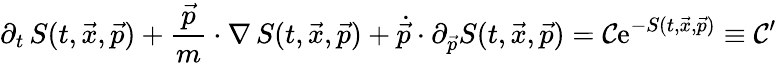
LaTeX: \partial_{t}\, S(t,\vec{x},\vec{p})+\frac{\vec{p}}{m}\cdot\nabla\, S(t,\vec{x},\vec{p})+\dot{\vec{p}}\cdot\partial_{\vec{p}}S(t,\vec{x},\vec{p})=\mathcal{C}\mathrm{e}^{-S(t,\vec{x},\vec{p})}\equiv\mathcal{C}^{\prime}